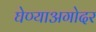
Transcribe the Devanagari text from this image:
घेण्याअगोदर